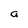
Character: a